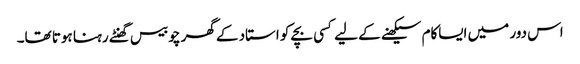
اس دور میں ایساکام سیکھنے کے لیے کسی بچے کو استاد کے گھر چوبیس گھنٹے رہنا ہوتا تھا۔